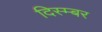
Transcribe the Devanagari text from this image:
दिस्म्बर